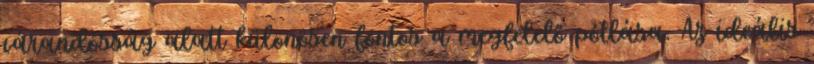
várandósság alatt különösen fontos a megfelelő pótlása. Az ideális